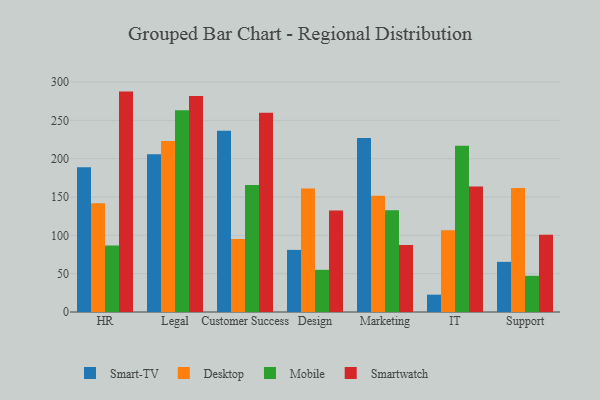
{"axis": {"x": "Department", "y": "Active Users"}, "legend": ["Desktop", "Mobile", "Smart-TV", "Smartwatch"], "data": [{"x": "HR", "y": 188.9, "type": "Smart-TV"}, {"x": "HR", "y": 141.8, "type": "Desktop"}, {"x": "HR", "y": 86.8, "type": "Mobile"}, {"x": "HR", "y": 287.5, "type": "Smartwatch"}, {"x": "Legal", "y": 205.9, "type": "Smart-TV"}, {"x": "Legal", "y": 223.1, "type": "Desktop"}, {"x": "Legal", "y": 263.1, "type": "Mobile"}, {"x": "Legal", "y": 281.6, "type": "Smartwatch"}, {"x": "Customer Success", "y": 236.5, "type": "Smart-TV"}, {"x": "Customer Success", "y": 95.3, "type": "Desktop"}, {"x": "Customer Success", "y": 165.8, "type": "Mobile"}, {"x": "Customer Success", "y": 259.8, "type": "Smartwatch"}, {"x": "Design", "y": 81.0, "type": "Smart-TV"}, {"x": "Design", "y": 161.1, "type": "Desktop"}, {"x": "Design", "y": 55.0, "type": "Mobile"}, {"x": "Design", "y": 132.5, "type": "Smartwatch"}, {"x": "Marketing", "y": 226.9, "type": "Smart-TV"}, {"x": "Marketing", "y": 151.6, "type": "Desktop"}, {"x": "Marketing", "y": 132.7, "type": "Mobile"}, {"x": "Marketing", "y": 87.5, "type": "Smartwatch"}, {"x": "IT", "y": 22.6, "type": "Smart-TV"}, {"x": "IT", "y": 106.6, "type": "Desktop"}, {"x": "IT", "y": 216.8, "type": "Mobile"}, {"x": "IT", "y": 163.8, "type": "Smartwatch"}, {"x": "Support", "y": 65.4, "type": "Smart-TV"}, {"x": "Support", "y": 161.9, "type": "Desktop"}, {"x": "Support", "y": 47.2, "type": "Mobile"}, {"x": "Support", "y": 100.7, "type": "Smartwatch"}]}